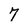
Character: 7